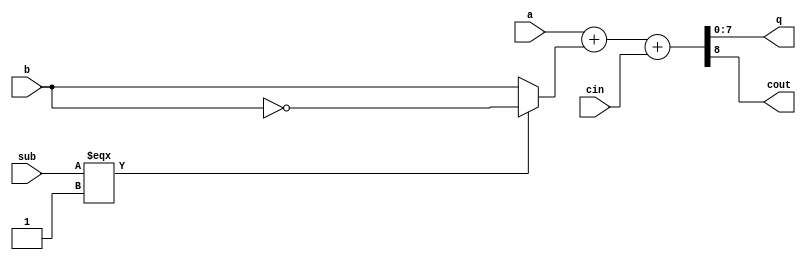
// This program was cloned from: https://github.com/micro-FPGA/engine-V
// License: Apache License 2.0

/*
 * Copyright 2018 MicroFPGA UG
 * Apache 2.0 License
 */


module addsub8 (
   a,
   b,
   q,
   sub,
   cin,
   cout
);
 

input   [7:0] a; 
input   [7:0] b; 
output  [7:0] q; 
input   sub; 
input   cin; 
output  cout; 

wire    [7:0] q; 
wire    cout; 
wire    [8:0] A_i; 
wire    [8:0] B_i; 
wire    [8:0] Full_Carry; 
wire    [8:0] Res_i; 

assign B_i[8] = 1'b 0; 
assign B_i[7:0] = sub === 1'b 1 ? ~b : b; 
assign A_i[8] = 1'b 0; 
assign A_i[7:0] = a; 
assign Full_Carry[8:1] = 8'b 00000000; 
assign Full_Carry[0] = cin; 
assign Res_i = A_i + B_i + Full_Carry; 
assign cout = Res_i[8]; 
assign q = Res_i[7:0]; 

endmodule // module addsub8